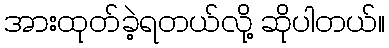
အားထုတ်ခဲ့ရတယ်လို့ ဆိုပါတယ်။